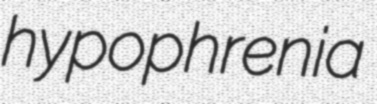
hypophrenia